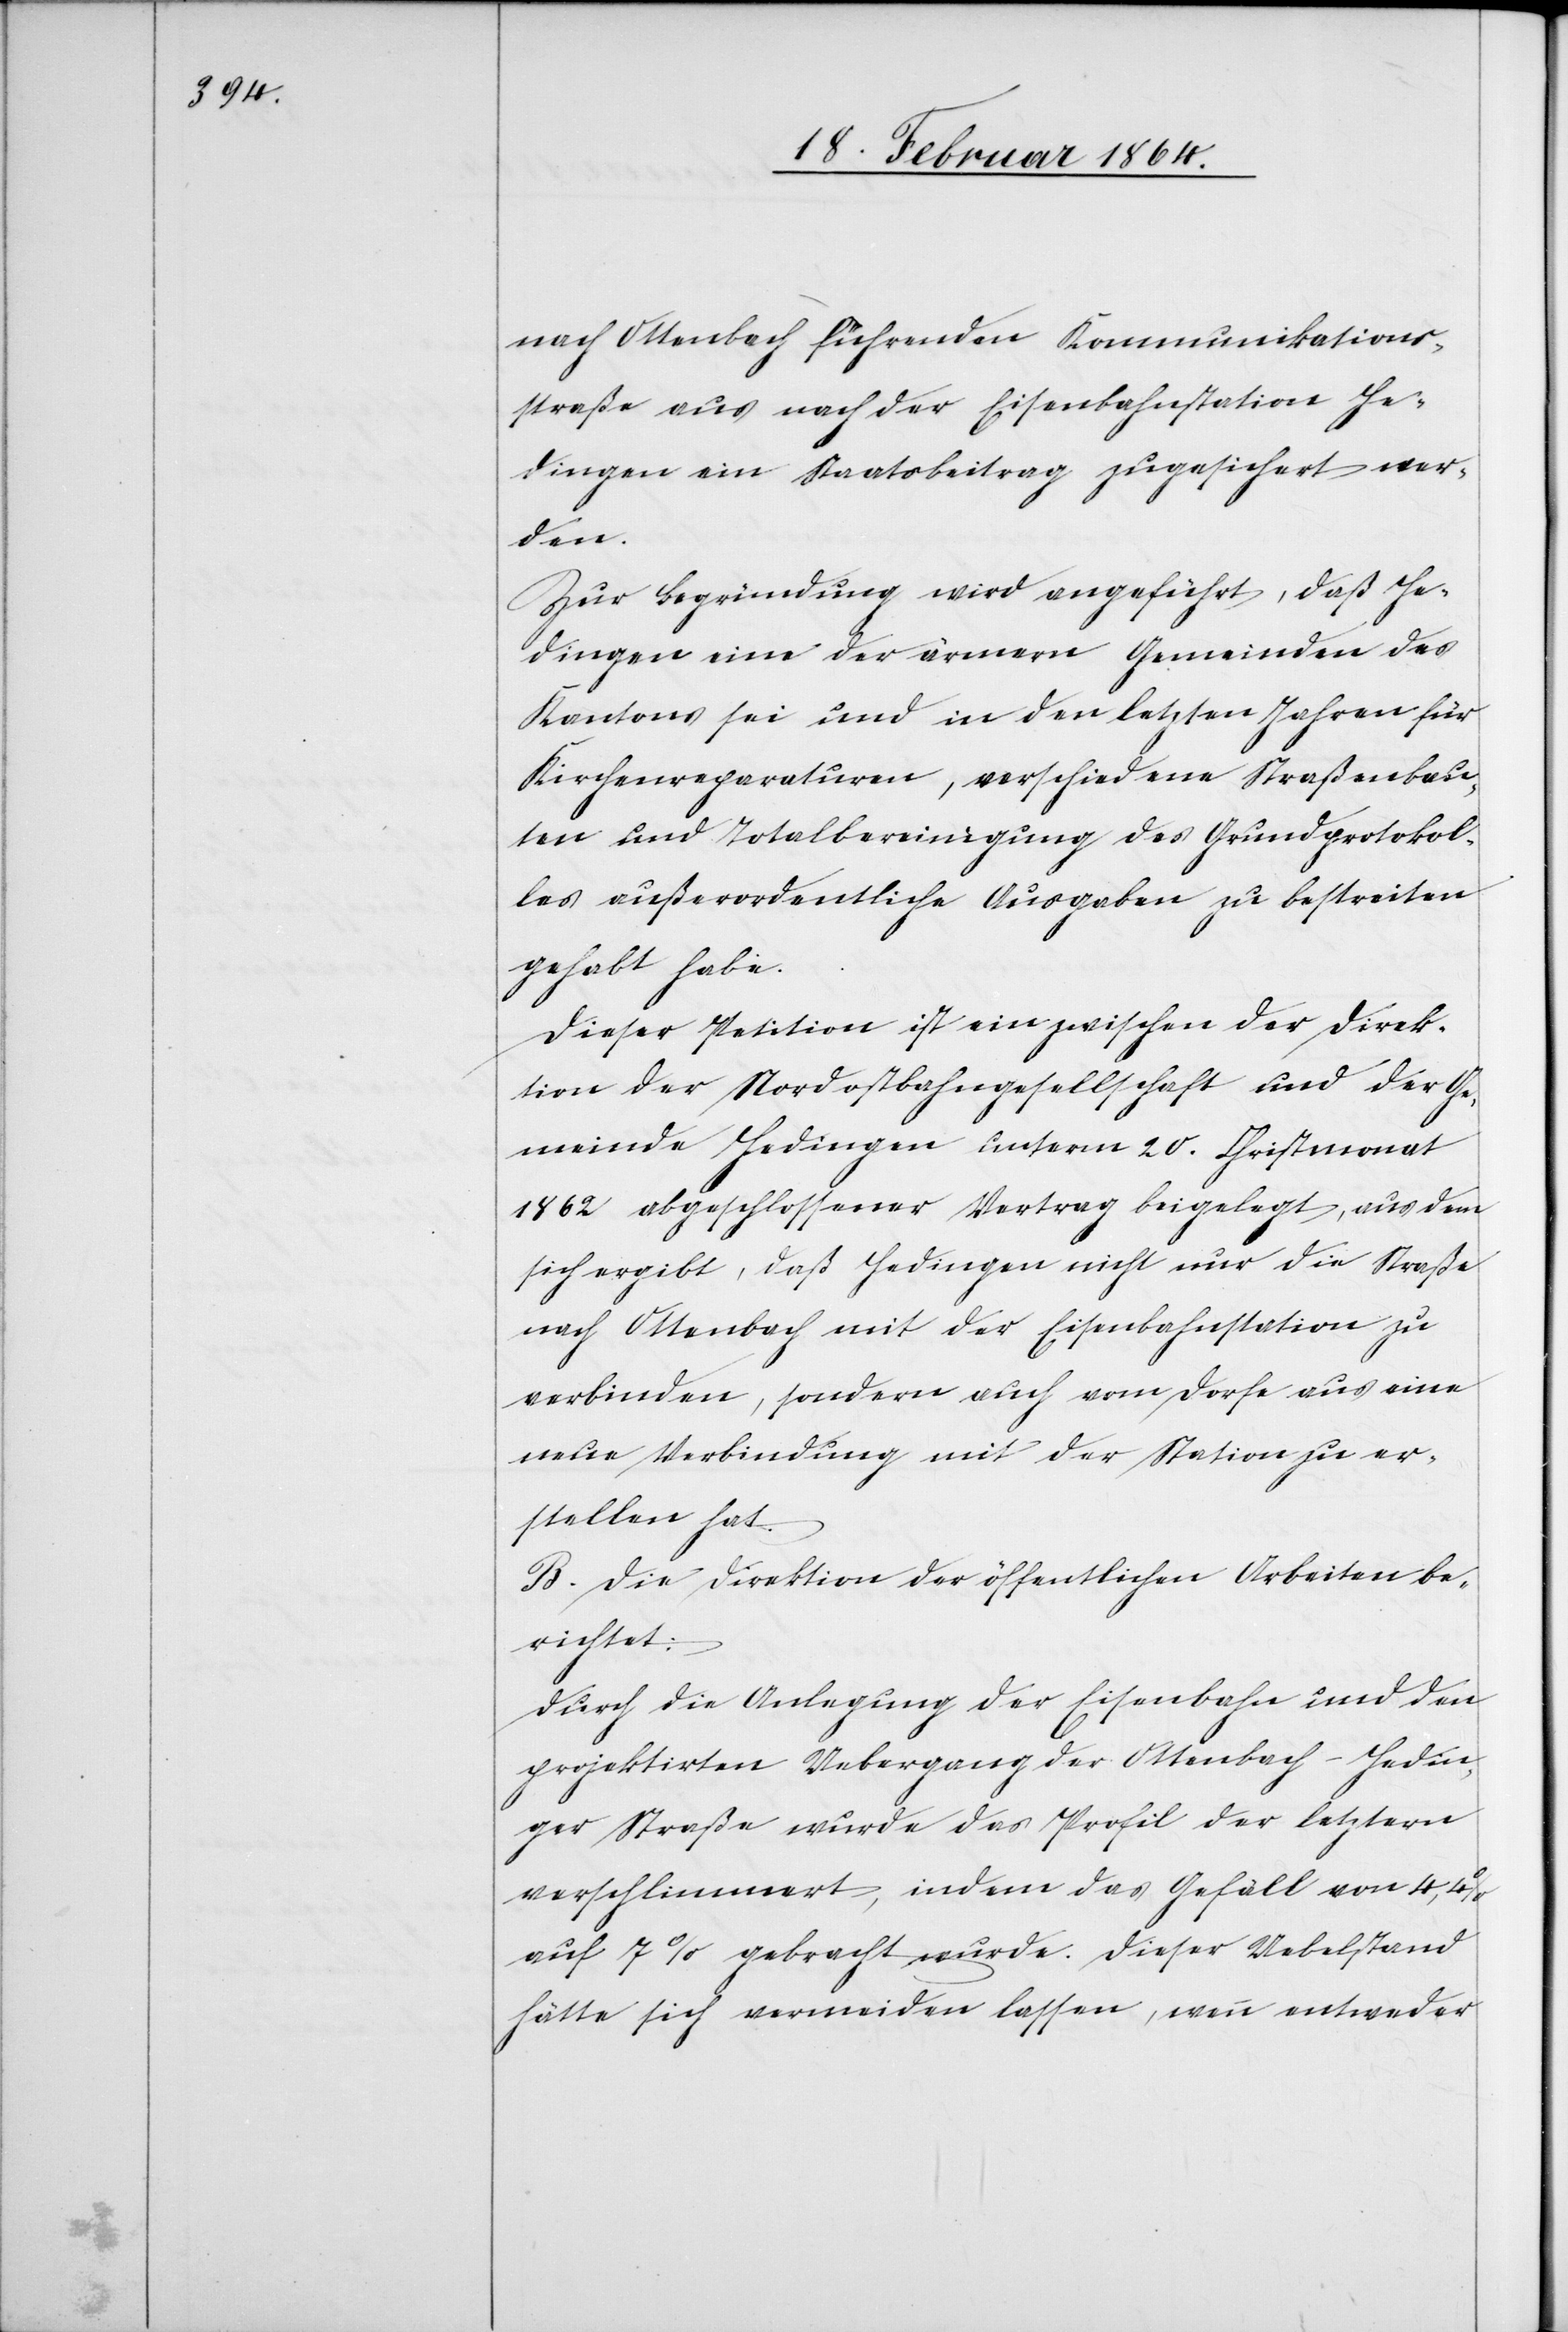
nach Ottenbach führenden Kommunikations¬
straße aus nach der Eisenbahnstation He¬
dingen ein Staatsbeitrag zugesichert wer¬
den.
Zur Begründung wird angeführt, daß He¬
dingen eine der ärmern Gemeinden des
Kantons sei und in den letzten Jahren für
Kirchenreparaturen, verschiedene Straßenbau¬
ten und Totalbereinigung des Grundprotokol¬
les außerordentliche Ausgaben zu bestreiten
gehabt habe.
Dieser Petition ist ein zwischen der Direk¬
tion der Nordostbahngesellschaft und der Ge¬
meinde Hedingen unterm 20. Christmonat
1862 abgeschlossener Vertrag beigelegt, aus dem
sich ergibt, daß Hedingen nicht nur die Straße
nach Ottenbach mit der Eisenbahnstation zu
verbinden, sondern auch vom Dorfe aus eine
neue Verbindung mit der Station zu er¬
stellen hat.
B. Die Direktion der öffentlichen Arbeiten be¬
richtet:
Durch die Anlegung der Eisenbahn und den
projektirten Uebergang der Ottenbach-Hedin¬
ger Straße wurde das Profil der letztern
verschlimmert, indem das Gefäll von 4, 4%
auf 7% gebracht wurde. Dieser Uebelstand
hätte sich vermeiden lassen, wenn entweder